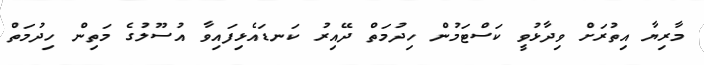
މާރިޔާ އިތުރަށް ވިދާޅުވީ ކަސްޓަމުން ހިދުމަތް ދޭއިރު ކަނޑައެޅިފައިވާ އުސޫލުގެ މަތިން ހިދުމަތް